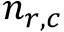
n _ { r , c }